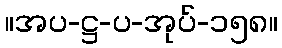
။အပ-ဋ္ဌ-ပ-အုပ်-၁၅၈။